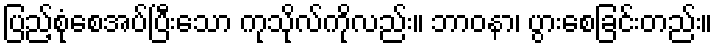
ပြည့်စုံစေအပ်ပြီးသော ကုသိုလ်ကိုလည်း။ ဘာဝနာ၊ ပွားစေခြင်းတည်း။